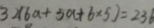
3 \times ( 6 a + 5 a + 6 \times 5 ) = 2 3 6